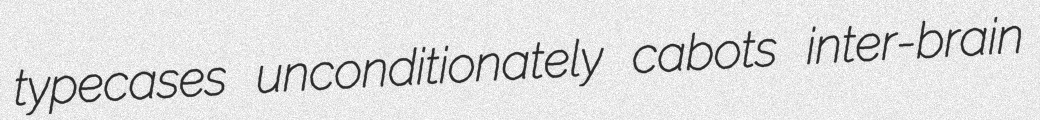
typecases unconditionately cabots inter-brain